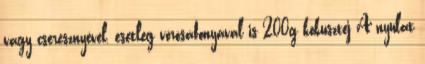
vagy cseresznyével, esetleg vörösáfonyával is 200g kókusztej A nyulat